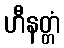
ဟီနတ္တံ